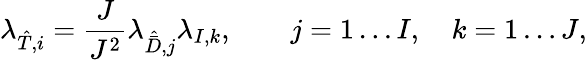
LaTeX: \lambda_{\hat{T},i}=\frac{J}{J^{2}}\lambda_{\hat{\bar{D}},j}\lambda_{I,k},\qquad j=1\ldots I,\quad k=1\ldots J,